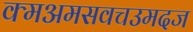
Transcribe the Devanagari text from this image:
क्मअमसवचउमदज